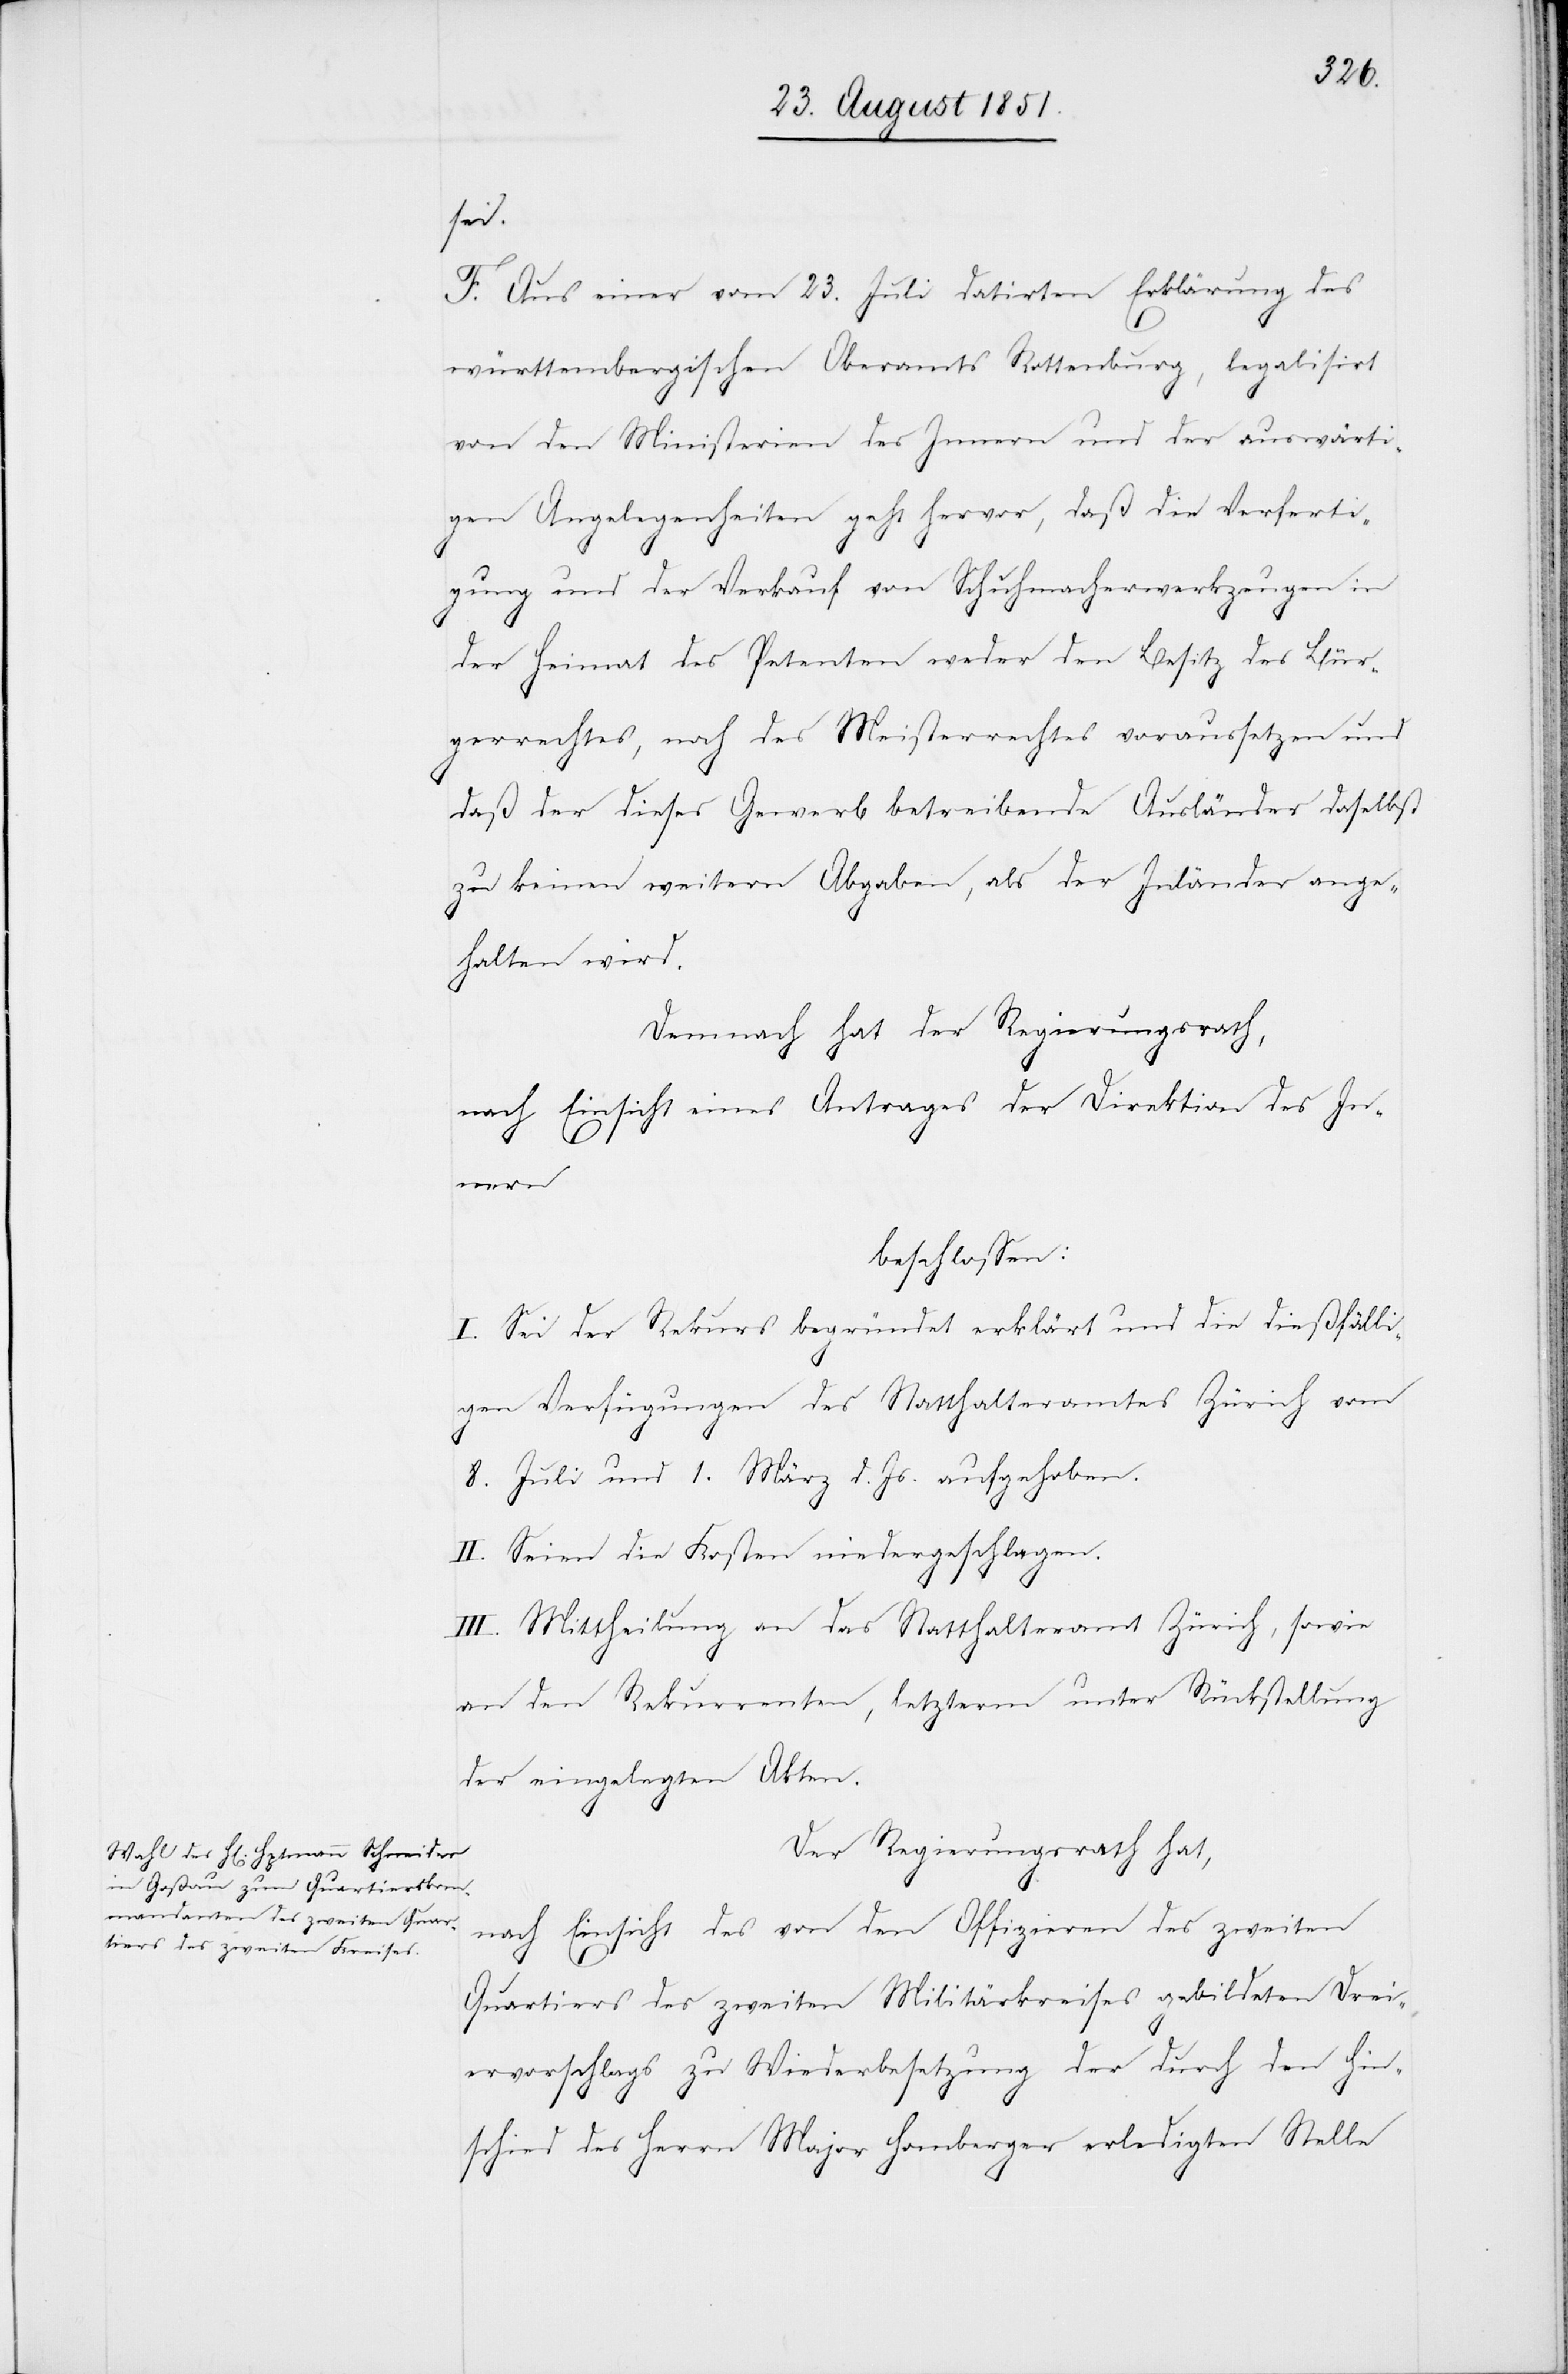
sei.
F. Aus einer vom 23. Juli datirten Erklärung des
württembergischen Oberamts Rottenburg, legalisirt
von den Ministerien des Innern und der auswärti¬
gen Angelegenheiten geht hervor, daß die Verferti¬
gung und der Verkauf von Schuhmacherwerkzeugen in
der Heimat des Petenten weder den Besitz des Bür¬
gerrechtes, noch des Meisterrechtes voraussetzen und
daß der dieses Gewerb betreibende Ausländer daselbst
zu keinen weitern Abgaben, als der Inländer ange¬
halten wird.
Demnach hat der Regierungsrath,
nach Einsicht eines Antrages der Direktion des In¬
nern
beschlossen:
I. Sei der Rekurs begründet erklärt und die dießfälli¬
gen Verfügungen des Statthalteramtes Zürich vom
8. Juli und 1. März d. Js. aufgehoben.
II. Seien die Kosten niedergeschlagen.
III. Mittheilung an das Statthalteramt Zürich, sowie
an den Rekurrenten, letzterm unter Rückstellung
der eingelegten Akten.
Der Regierungsrath hat,
nach Einsicht des von den Offizieren des zweiten
Quartiers des zweiten Militärkreises gebildeten Drei¬
ervorschlags zu Wiederbesetzung der durch den Hin¬
schied des Herrn Major Homberger erledigten Stelle